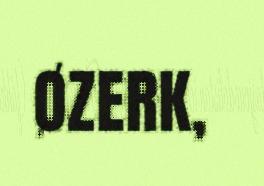
ØZERK,